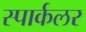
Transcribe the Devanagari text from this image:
स्पार्कलर